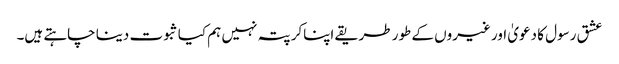
عشق رسول کا دعویٰ اور غیروں کے طور طریقے اپناکر پتہ نہیں ہم کیا ثبوت دینا چاہتے ہیں۔